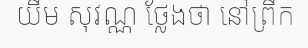
យឹម សុវណ្ណ ថ្លែងថា នៅព្រឹក